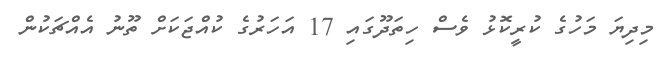
މިދިޔަ މަހުގެ ކުރީކޮޅު ވެސް ހިތަދޫގައި 17 އަހަރުގެ ކުއްޖަކަށް ތޫނު އެއްޗަކުން